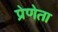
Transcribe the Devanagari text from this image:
प्रेणेता